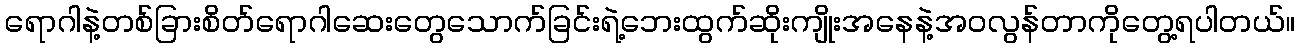
ရောဂါနဲ့တစ်ခြားစိတ်ရောဂါဆေးတွေသောက်ခြင်းရဲ့ဘေးထွက်ဆိုးကျိုးအနေနဲ့အဝလွန်တာကိုတွေ့ရပါတယ်။